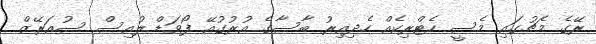
ރޭގެ މެޗުގައި މެސީ ހެޓްރިކެއް ހެދިއިރު ބާސާގެ އުރުގުއޭ ފޯވަޑް ލުއިސް ސުއަރޭޒް